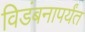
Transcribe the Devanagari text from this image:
विडंबनापर्यंत